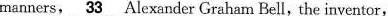
manners, \underline{33} Alexander Graham Bell, the inventor,